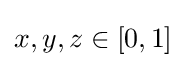
x,y,z\in [0,1]